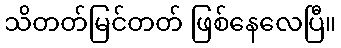
သိတတ်မြင်တတ် ဖြစ်နေလေပြီ။